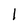
Character: l